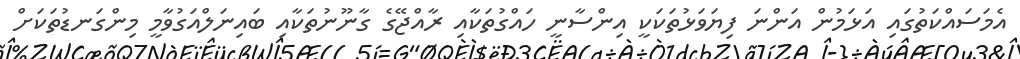
އެމަސައްކަތުގައި އަޅަމުން އަންނަ ފިޔަވަޅުތަކަކީ އިންސާނީ ހައްގުތަކާއި ރާއްޖޭގެ ގާނޫނުތަކާއި ބައިނަލްއަގުވާމީ މިންގަނޑުތަކަށް